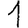
Digit: 1